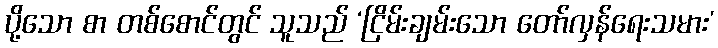
ပို့သော စာ တစ်စောင်တွင် သူသည် ‘ငြိမ်းချမ်းသော တော်လှန်ရေးသမား’